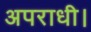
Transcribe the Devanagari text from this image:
अपराधी।